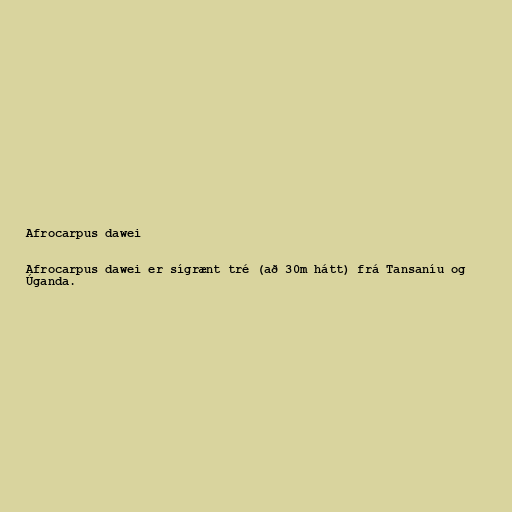
Afrocarpus dawei

Afrocarpus dawei er sígrænt tré (að 30m hátt) frá Tansaníu og
Úganda.